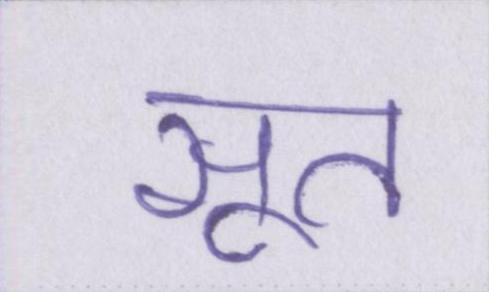
सूत